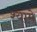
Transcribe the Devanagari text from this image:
श्यामे